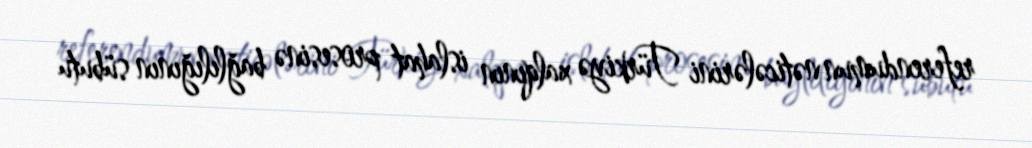
referendumun nəticələrini Türkiyə xalqının islahat prosesinə bağlılığının sübutu